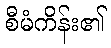
စီမံကိန်း၏